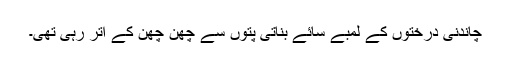
چاندنی درختوں کے لمبے سائے بناتی پتوں سے چھَن چھَن کے اُتر رہی تھی۔